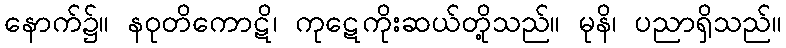
နောက်၌။ နဝုတိကောဋိ၊ ကုဋေကိုးဆယ်တို့သည်။ မုနိ၊ ပညာရှိသည်။